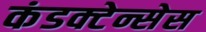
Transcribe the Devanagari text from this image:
कंडक्टेन्सेस